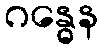
ဂန္ဓေန